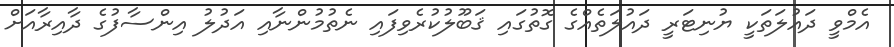
އެމްވީ ދައުލަތަކީ ޔުނިޓަރީ ދައުލަތެއްގެ ގޮތުގައި ޤަބޫލުކުރެވިފައި ނެތުމުންނާއި އަދުލު އިންސާފުގެ ދާއިރާއަށް